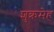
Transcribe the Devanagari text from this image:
शुक्रमेह